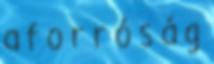
a f o r r ó s á g